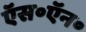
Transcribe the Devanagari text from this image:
ऍस॰ऍन॰